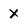
Character: X